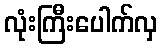
လုံးကြီးပေါက်လှ